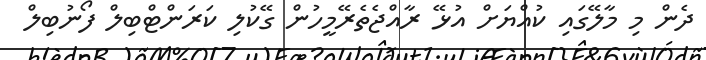
ދެން މި މާލޭގައި ކުއްޔަށް އުޅޭ ރާއްޖެތެރޭމީހުން ގޭކުލި ކަރަންޓްބިލް ފޯނުބިލް